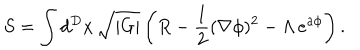
S = \int d ^ { D } x \, \sqrt { | G | } \left( R - \frac { 1 } { 2 } ( \nabla \phi ) ^ { 2 } - \Lambda \, e ^ { a \phi } \right) .